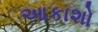
આકાશો